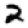
Digit: 2